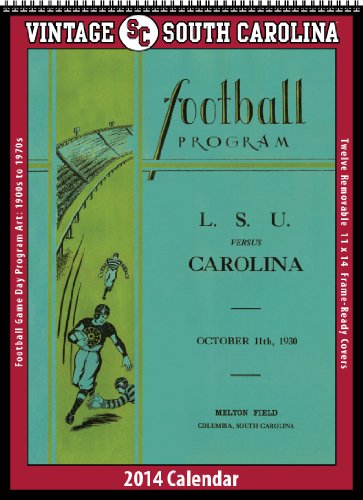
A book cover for South Carolina Gamecocks 2014 Vintage Football Calendar; Asgard Press; Calendars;